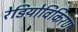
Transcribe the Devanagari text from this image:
रेडियोविकिरण